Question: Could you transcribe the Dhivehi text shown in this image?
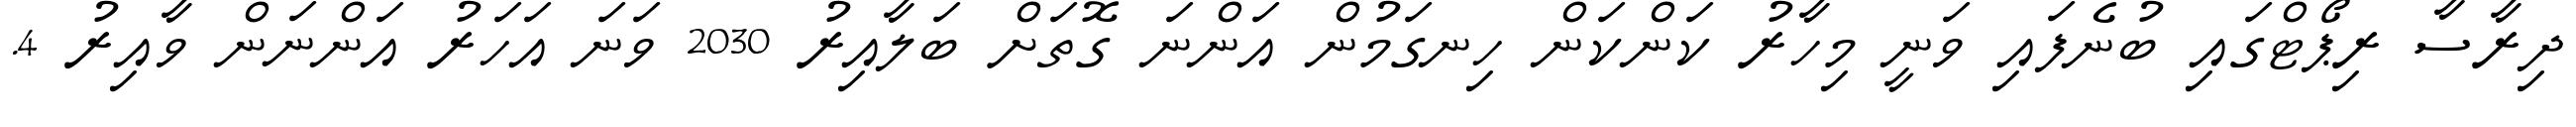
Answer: ދިރާސާ ރިޕޯޓްގައި ބުނެފައި ވަނީ މިހާރު ކަންކަން ހިނގަމުން އަންނަ ގޮތަށް ބަލާއިރު 2030 ވަނަ އަހަރު އަންނަން ވާއިރު 4.